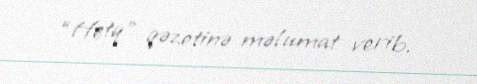
“Hetq” qəzetinə məlumat verib.